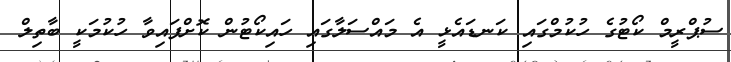
ސުޕްރީމް ކޯޓުގެ ހުކުމްގައި ކަނޑައެޅީ އެ މައްސަލާގައި ހައިކޯޓުން ކޮށްފައިވާ ހުކުމަކީ ބާތިލް